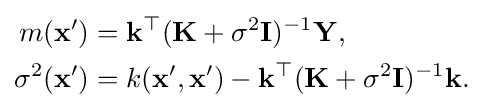
{\begin{aligned}m(\mathbf {x} ')&=\mathbf {k} ^{\top }(\mathbf {K} +\sigma ^{2}\mathbf {I} )^{-1}\mathbf {Y} ,\\\sigma ^{2}(\mathbf {x} ')&=k(\mathbf {x} ',\mathbf {x} ')-\mathbf {k} ^{\top }(\mathbf {K} +\sigma ^{2}\mathbf {I} )^{-1}\mathbf {k} .\end{aligned}}